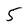
Character: 5